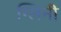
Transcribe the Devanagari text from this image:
ग्लिनी